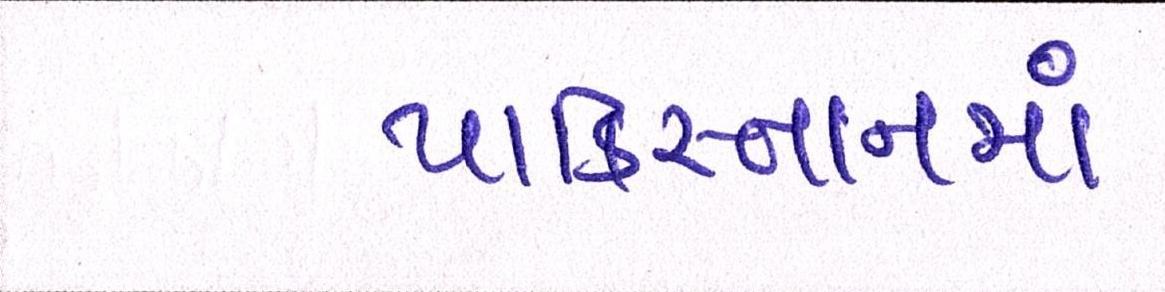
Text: પાકિસ્તાનમાં